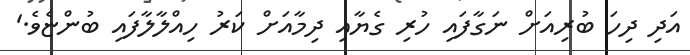
އަދި ދިހަ ބުރިއަށް ނަގާފައި ހުރި ގެޔާއި ދިމާއަށް ކަރު ހިއްލާލާފައި ބުންޏެވެ.'